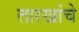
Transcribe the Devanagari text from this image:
तारखांचे